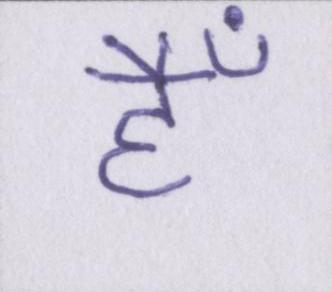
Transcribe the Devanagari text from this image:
हैँ